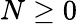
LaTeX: N\geq 0